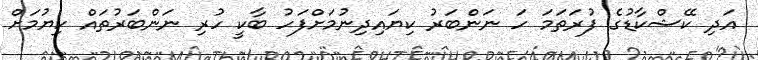
އަދި ކޭޝްކާޑުގެ ފުރަތަމަ ހަ ނަންބަރު ކިޔައިދިނުމަށްފަހު ބާކީ ހުރި ނަންބަރުތައް ކިޔުމަށް